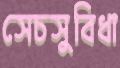
সেচসুবিধা